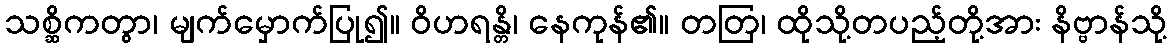
သစ္ဆိကတွာ၊ မျက်မှောက်ပြု၍။ ဝိဟရန္တိ၊ နေကုန်၏။ တတြ၊ ထိုသို့တပည့်တို့အား နိဗ္ဗာန်သို့